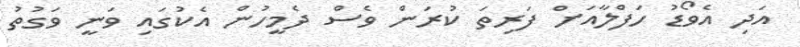
އަދި އެވޯޑު ހަފްލާއަށް ފަރިތަ ކުރަން ވެސް ދެމީހުން އެކުގައި ވަނީ ވަގުތު